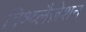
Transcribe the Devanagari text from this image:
विश्व्लैज़ेशन